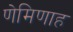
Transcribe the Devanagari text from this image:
णेमिणाह